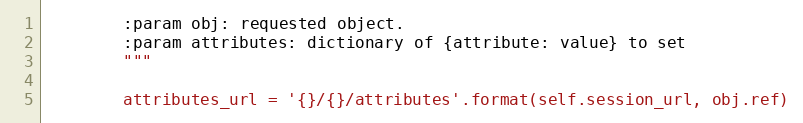
Language: Python
        :param obj: requested object.
        :param attributes: dictionary of {attribute: value} to set
        """

        attributes_url = '{}/{}/attributes'.format(self.session_url, obj.ref)